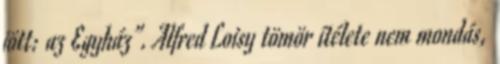
jött: az Egyház”. Alfred Loisy tömör ítélete nem mondás,